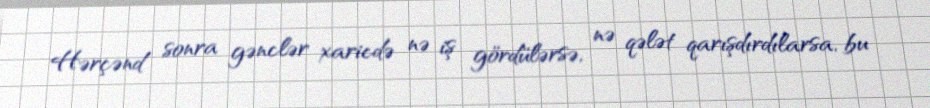
Hərçənd sonra gənclər xaricdə nə iş gördülərsə, nə qələt qarışdırdılarsa, bu